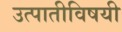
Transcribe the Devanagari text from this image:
उत्पातीविषयी